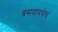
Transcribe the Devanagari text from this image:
बसवायचेच